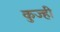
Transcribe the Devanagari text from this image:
कुज्ही